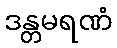
ဒန္တမရဏံ